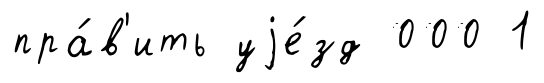
пра́в'ить уjе́зд 000 1